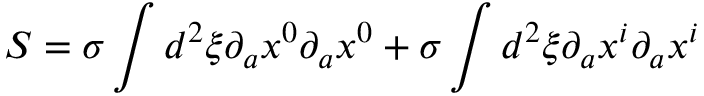
S = \sigma \int d ^ { 2 } \xi \partial _ { a } x ^ { 0 } \partial _ { a } x ^ { 0 } + \sigma \int d ^ { 2 } \xi \partial _ { a } x ^ { i } \partial _ { a } x ^ { i }